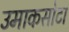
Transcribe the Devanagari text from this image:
उमाकसोटा